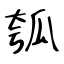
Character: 瓠